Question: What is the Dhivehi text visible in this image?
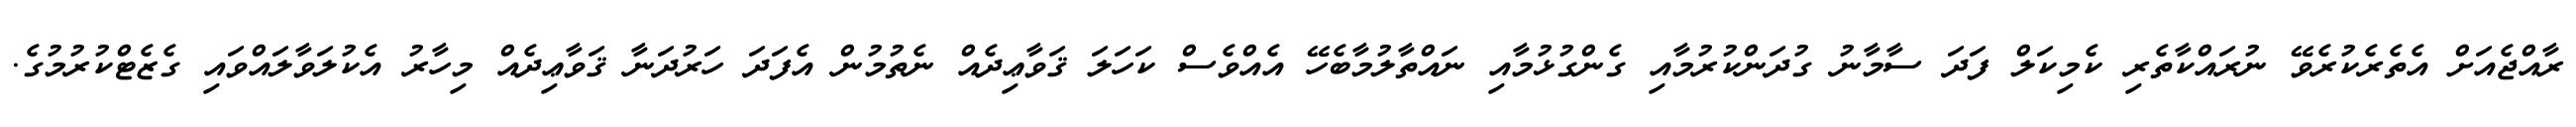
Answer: ރާއްޖެއަށް އެތެރެކުރެވޭ ނުރައްކާތެރި ކެމިކަލް ފަދަ ސާމާނު ގުދަންކުރުމާއި ގެންގުޅުމާއި ނައްތާލުމާބެހޭ އެއްވެސް ކަހަލަ ޤަވާޢިދެއް ނެތުމުން އެފަދަ ހަރުދަނާ ޤަވާޢިދެއް މިހާރު އެކުލަވާލައްވައި ގެޒެޓްކުރުމުގެ.